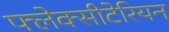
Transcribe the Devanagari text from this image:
फ्लेक्सीटेरियन